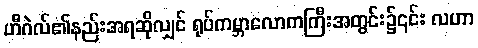
ဟီဂဲလ်၏နည်းအရဆိုလျှင် ရုပ်ကမ္ဘာလောကကြီးအတွင်း၌၎င်း လဟာ